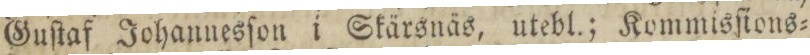
Guſtaf Johannesſon i Skärsnäs, utebl.; Kommisſions=